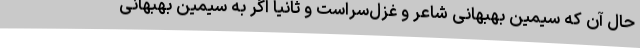
حال آن که سیمین بهبهانی شاعر و غزل‌سراست و ثانیا اگر به سیمین بهبهانی